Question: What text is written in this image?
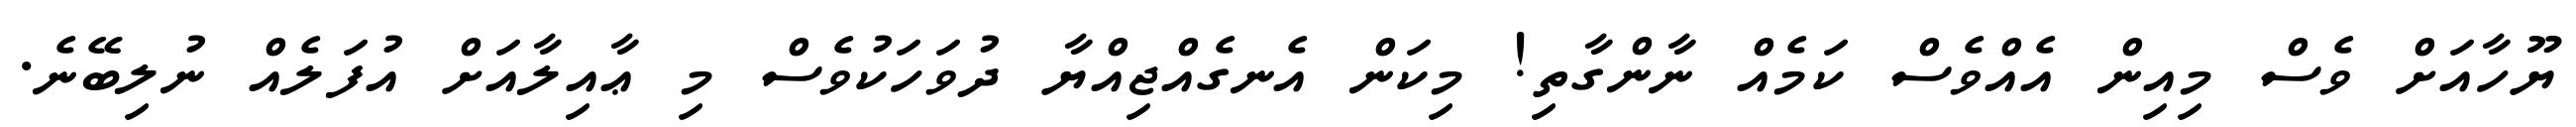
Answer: ޔޫހާއަށް ވެސް މިއިން އެއްވެސް ކަމެއް ނާންގާތި! މިކަން އެނގެއްޖިއްޔާ ދުވަހަކުވެސް މި ޢާއިލާއަށް އުފަލެއް ނުލިބޭނެ.